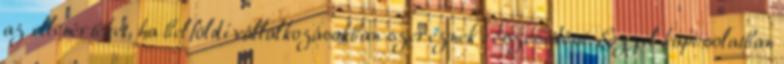
az ellenértéket, ha belföldi vállalkozásokban szereznek részesedést. Ezzel kapcsolatban